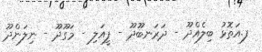
ފ.އަތޮޅު ބިލެއްދޫ - ދަރަނބޫދޫ - ފީއަލި - މަގޫދޫ - ނިލަންދޫ